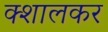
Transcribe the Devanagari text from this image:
क्शालकर